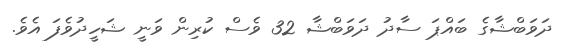
ދަވަބްޝާގެ ބައްޕަ ސާދު ދަވަބްޝާ 32 ވެސް ކުރިން ވަނީ ޝަހީދުވެފަ އެވެ.